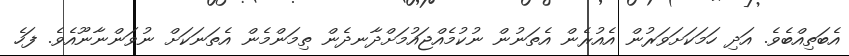
އެބަތިއްބެވެ. އަދި ހަމަކަށަވަރުން އެއުރެން އެތަނުން ނުކުމެއްޖައުމަށްދާނދެން ތިމަންމެން އެތަނަކަށް ނުވަންނާނޫއެވެ. ފަހެ